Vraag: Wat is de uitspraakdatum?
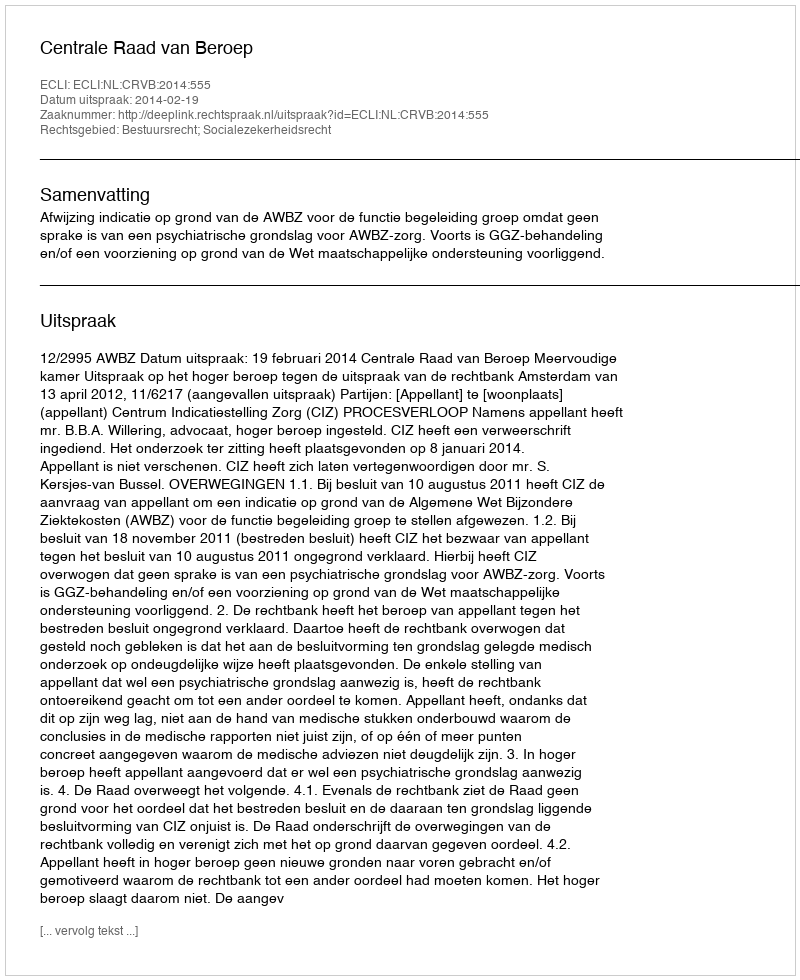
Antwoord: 2014-02-19